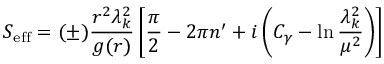
S _ { \mathrm { e f f } } = ( \pm ) { \frac { r ^ { 2 } \lambda _ { k } ^ { 2 } } { g ( r ) } } \left[ { \frac { \pi } { 2 } } - 2 \pi n ^ { \prime } + i \left( C _ { \gamma } - \ln { \frac { \lambda _ { k } ^ { 2 } } { \mu ^ { 2 } } } \right) \right]